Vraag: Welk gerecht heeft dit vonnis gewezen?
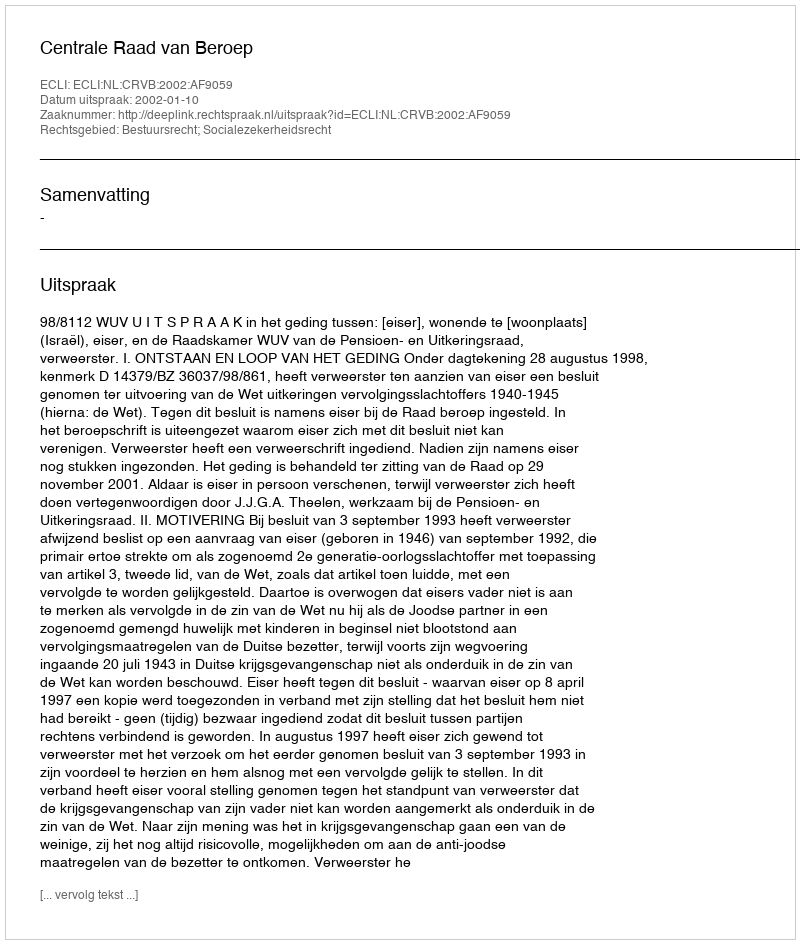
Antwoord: Centrale Raad van Beroep